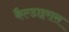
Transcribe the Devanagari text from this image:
कैल्डाइरास